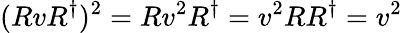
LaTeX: (RvR^{\dagger})^{2}=Rv^{2}R^{\dagger}=v^{2}RR^{\dagger}=v^{2}